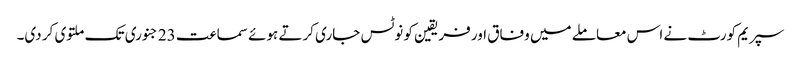
سپریم کورٹ نے اس معاملے میں وفاق اور فریقین کو نوٹس جاری کرتے ہوئے سماعت 23 جنوری تک ملتوی کر دی۔